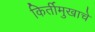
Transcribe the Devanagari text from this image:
किर्तीमुखाचे